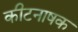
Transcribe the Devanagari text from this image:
कीटनाषक